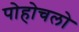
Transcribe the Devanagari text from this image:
पोहोचलो